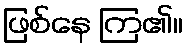
ဖြစ်နေ ကြ၏။